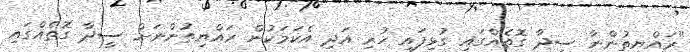
"ރައްޔިތުންނާ ސީދާ ގޮތެއްގައި ގުޅިފައި ހުރި އަދި އެކަމަކުން ރައްޔިތުންނަށް ސީދާ ގޮތެއްގައި